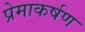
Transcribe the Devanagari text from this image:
प्रेमाकर्षण